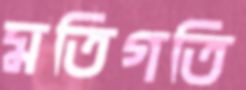
মতিগতি